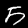
Digit: 5